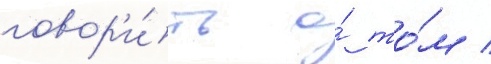
говор'и́ть о́ то́м /